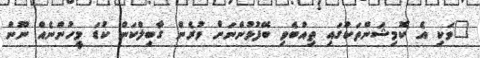
"ވަކި އެ ކޮމިޝަންތަކުގައި ތިއްބެވި ބޭފުޅުންނަށް ވުރެން ގާބިލްކަން ކުޑަ މީހުންނެއް ނޫން